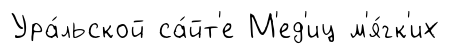
Ура́льской са́йт'е М'ед'иц м'я́гк'их